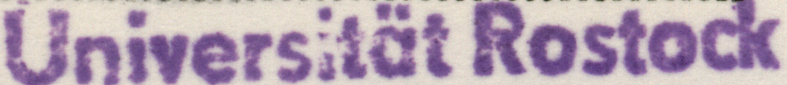
Universitat Rostock